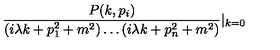
\frac { P ( k , p _ { i } ) } { ( i \lambda k + p _ { 1 } ^ { 2 } + m ^ { 2 } ) \ldots ( i \lambda k + p _ { n } ^ { 2 } + m ^ { 2 } ) } | _ { k = 0 }